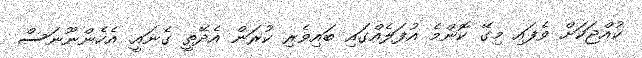
ކުއްޖަކަށް ވެފައި މިގޭ ކޮންމެ އުފަލެއްގައި ބައިވެރި ކުރަން އެދޭތީ ގެނައީ. އެހެންނޫނަސް